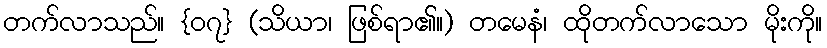
တက်လာသည်။ {၀၇} (သိယာ၊ ဖြစ်ရာ၏။) တမေနံ၊ ထိုတက်လာသော မိုးကို။